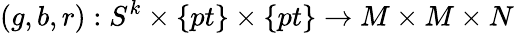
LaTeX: (g,b,r):S^{k}\times\{ pt\} \times\{ pt\} \rightarrow M\times M\times N